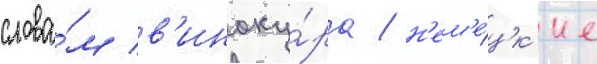
слова́м в'иноку́ра / н'ем'е́цк'ие